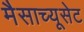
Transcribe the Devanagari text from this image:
मैसाच्यूसेट